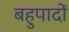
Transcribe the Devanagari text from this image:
बहुपादों